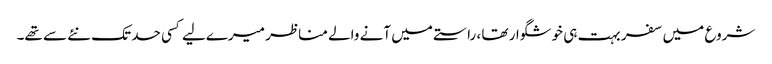
شروع میں سفر بہت ہی خوشگوار تھا ، راستے میں آنے والے مناظر میرےلیے کسی حد تک نئے سے تھے۔